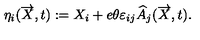
\eta _ { i } ( \overrightarrow { X } , t ) : = X _ { i } + e \theta \varepsilon _ { i j } \widehat { A } _ { j } ( \overrightarrow { X } , t ) .